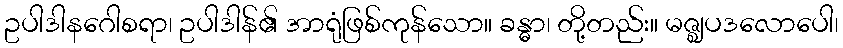
ဥပါဒါနဂေါစရာ၊ ဥပါဒါန်၏ အာရုံဖြစ်ကုန်သော။ ခန္ဓာ၊ တို့တည်း။ မဇ္ဈပဒလောပေါ၊